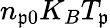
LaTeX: n_{\mathfrak{p}0}K_{B}T_{\mathfrak{p}}